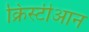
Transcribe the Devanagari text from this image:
क्रिस्टीआन